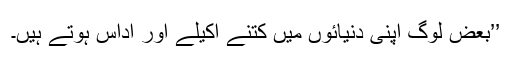
’’بعض لوگ اپنی دنیائوں میں کتنے اکیلے اور اداس ہوتے ہیں۔